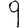
Digit: 9